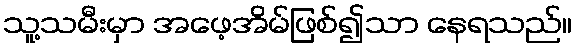
သူ့သမီးမှာ အဖေ့အိမ်ဖြစ်၍သာ နေရသည်။